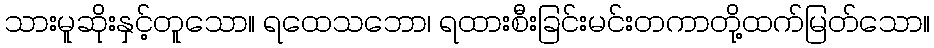
သားမူဆိုးနှင့်တူသော။ ရထေသဘော၊ ရထားစီးခြင်းမင်းတကာတို့ထက်မြတ်သော။